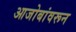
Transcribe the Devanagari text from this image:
आजोबांवरून